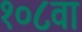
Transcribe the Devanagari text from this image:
१०८वा